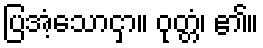
ပြအံ့သောငှာ။ ဝုတ္တံ၊ ၏။